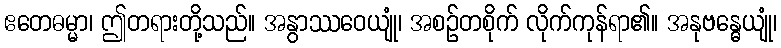
ဧတေဓမ္မာ၊ ဤတရားတို့သည်။ အနွာဿဝေယျုံ၊ အစဉ်တစိုက် လိုက်ကုန်ရာ၏။ အနုဗန္ဓေယျုံ၊